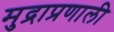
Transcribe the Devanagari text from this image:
मुद्राप्रणाली